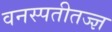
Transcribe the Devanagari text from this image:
वनस्पतीतज्‍ज्ञ